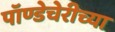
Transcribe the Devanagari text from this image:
पॉण्डेचेरीच्या